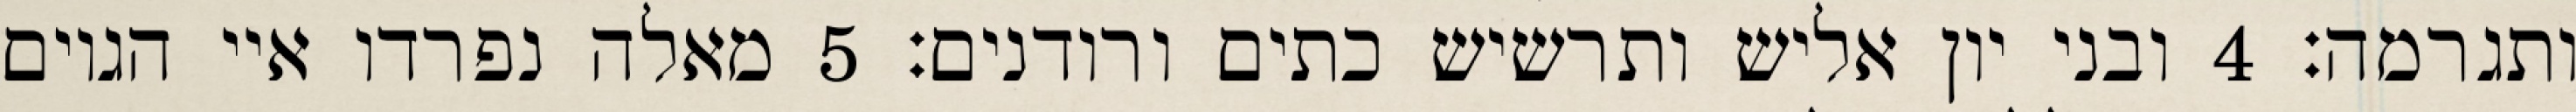
ותגרמה׃ ‎4‏ ובני יון אליש ותרשיש כתים ורודנים׃ ‎5‏ מאלה נפרדו איי הגוים